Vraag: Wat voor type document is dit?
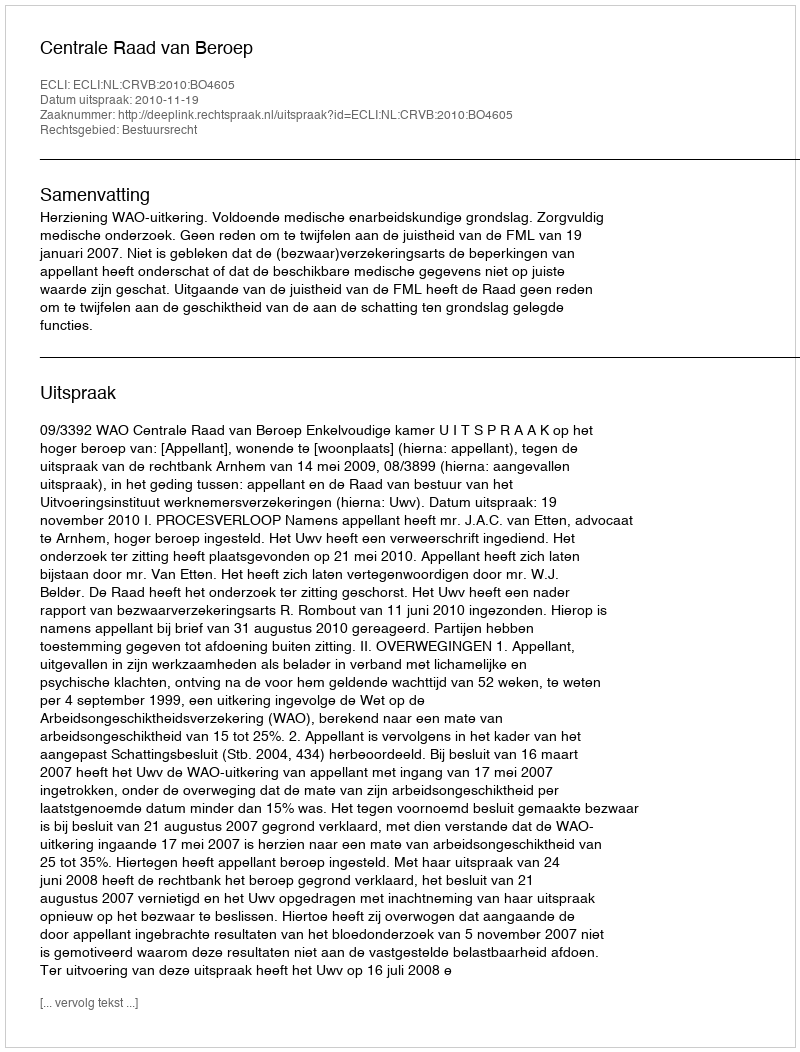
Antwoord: Uitspraak